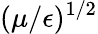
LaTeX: (\mu/\epsilon)^{1/2}